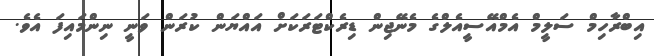
އިބްރާހިމް ސަލީމް އެމްއޭސީއެލްގެ މެނޭޖިން ޑިރެކްޓަރަކަށް އައްޔަން ކުރަން ވަނީ ނިންމައިފަ އެވެ.